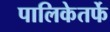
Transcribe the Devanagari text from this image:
पालिकेतर्फे